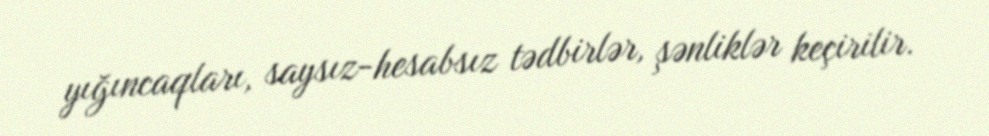
yığıncaqları, saysız-hesabsız tədbirlər, şənliklər keçirilir.